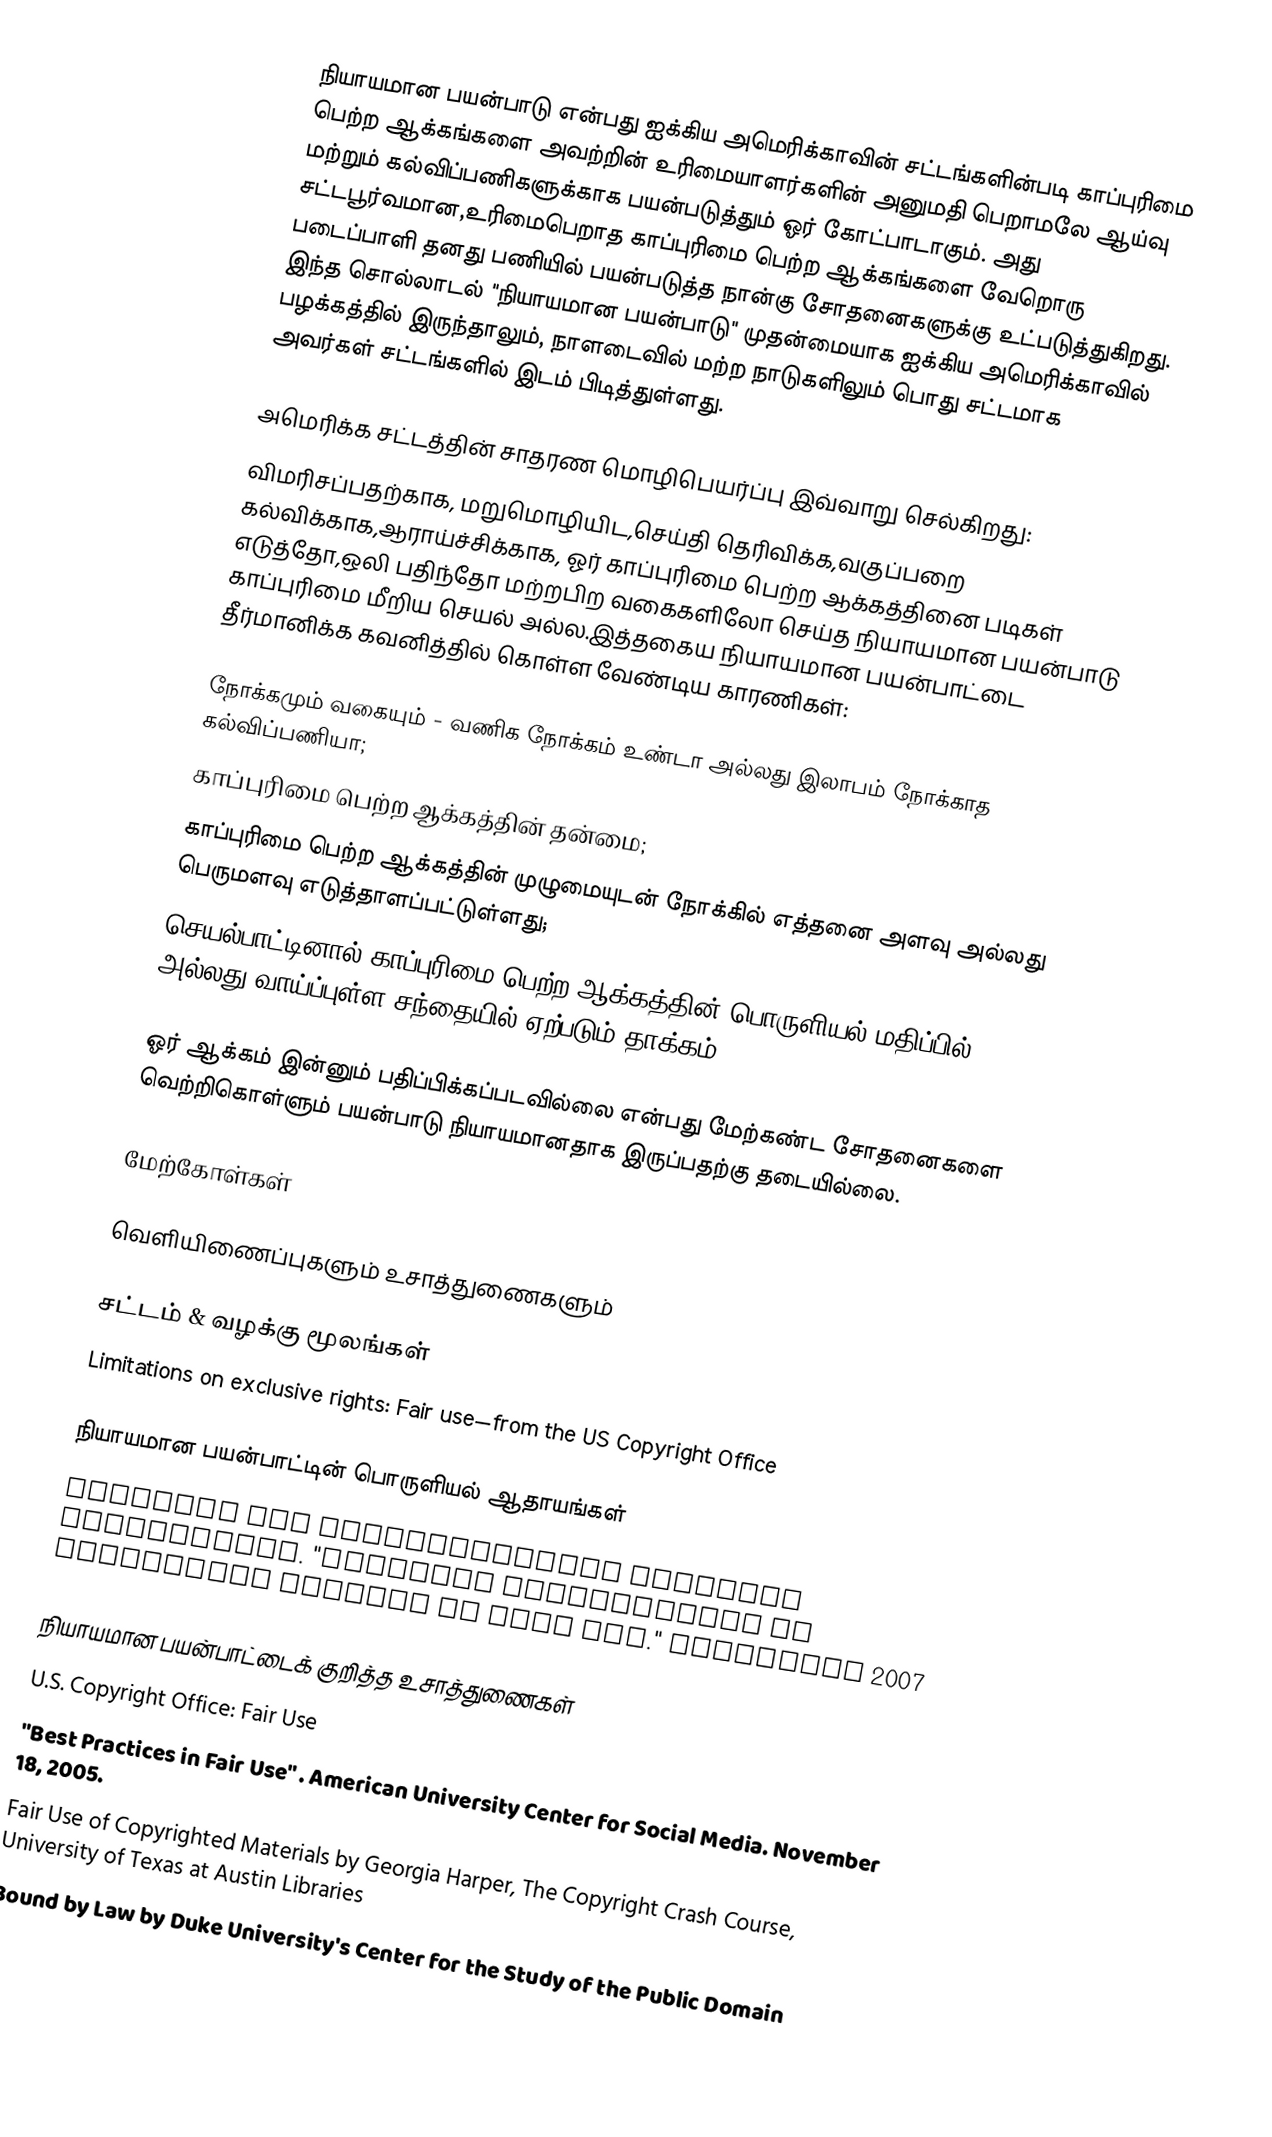
நியாயமான பயன்பாடு என்பது ஐக்கிய அமெரிக்காவின் சட்டங்களின்படி காப்புரிமை பெற்ற ஆக்கங்களை அவற்றின் உரிமையாளர்களின் அனுமதி பெறாமலே ஆய்வு மற்றும் கல்விப்பணிகளுக்காக பயன்படுத்தும் ஓர் கோட்பாடாகும். அது சட்டபூர்வமான,உரிமைபெறாத காப்புரிமை பெற்ற ஆக்கங்களை வேறொரு படைப்பாளி தனது பணியில் பயன்படுத்த நான்கு சோதனைகளுக்கு உட்படுத்துகிறது. இந்த சொல்லாடல் "நியாயமான பயன்பாடு" முதன்மையாக ஐக்கிய அமெரிக்காவில் பழக்கத்தில் இருந்தாலும், நாளடைவில் மற்ற நாடுகளிலும் பொது சட்டமாக அவர்கள் சட்டங்களில் இடம் பிடித்துள்ளது.

அமெரிக்க சட்டத்தின் சாதரண மொழிபெயர்ப்பு இவ்வாறு செல்கிறது:
விமரிசப்பதற்காக, மறுமொழியிட,செய்தி தெரிவிக்க,வகுப்பறை கல்விக்காக,ஆராய்ச்சிக்காக, ஓர் காப்புரிமை பெற்ற ஆக்கத்தினை படிகள் எடுத்தோ,ஒலி பதிந்தோ மற்றபிற வகைகளிலோ செய்த நியாயமான பயன்பாடு காப்புரிமை மீறிய செயல் அல்ல.இத்தகைய நியாயமான பயன்பாட்டை தீர்மானிக்க கவனித்தில் கொள்ள வேண்டிய காரணிகள்:

நோக்கமும் வகையும் - வணிக நோக்கம் உண்டா அல்லது இலாபம் நோக்காத கல்விப்பணியா;
காப்புரிமை பெற்ற ஆக்கத்தின் தன்மை;
காப்புரிமை பெற்ற ஆக்கத்தின் முழுமையுடன் நோக்கில் எத்தனை அளவு அல்லது பெருமளவு எடுத்தாளப்பட்டுள்ளது;
செயல்பாட்டினால் காப்புரிமை பெற்ற ஆக்கத்தின் பொருளியல் மதிப்பில் அல்லது வாய்ப்புள்ள சந்தையில் ஏற்படும் தாக்கம்.

ஓர் ஆக்கம் இன்னும் பதிப்பிக்கப்படவில்லை என்பது மேற்கண்ட சோதனைகளை வெற்றிகொள்ளும் பயன்பாடு நியாயமானதாக இருப்பதற்கு தடையில்லை.

மேற்கோள்கள்

வெளியிணைப்புகளும் உசாத்துணைகளும்

சட்டம் & வழக்கு மூலங்கள்
 Limitations on exclusive rights: Fair use—from the US Copyright Office

நியாயமான பயன்பாட்டின் பொருளியல் ஆதாயங்கள்
 Computer and Communications Industry Association. "Economic Contribution of Industries Relying on Fair Use."  September 2007

நியாயமான பயன்பாட்டைக் குறித்த உசாத்துணைகள்
 U.S. Copyright Office: Fair Use
 "Best Practices in Fair Use" . American University Center for Social Media. November 18, 2005.
 Fair Use of Copyrighted Materials by Georgia Harper, The Copyright Crash Course, University of Texas at Austin Libraries
 Bound by Law by Duke University's Center for the Study of the Public Domain
 Fair Use: Copyright Man